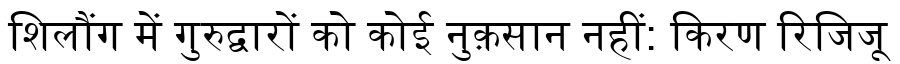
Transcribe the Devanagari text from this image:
शिलौंग में गुरुद्वारों को कोई नुक़सान नहीं: किरण रिजिजू